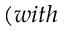
( w i t h